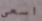
اسعى